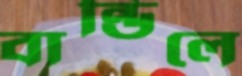
বান্ডিলে